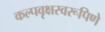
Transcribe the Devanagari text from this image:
कल्पवृक्षस्वरूपिणे